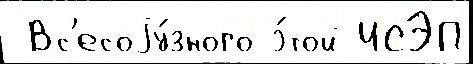
 Вс'есоjу́зного э́той ИСЭП